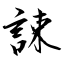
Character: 誎